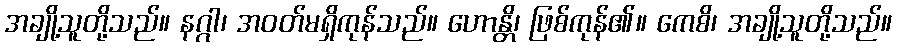
အချို့သူတို့သည်။ နဂ္ဂါ၊ အဝတ်မရှိကုန်သည်။ ဟောန္တိ၊ ဖြစ်ကုန်၏။ ကေစိ၊ အချို့သူတို့သည်။